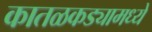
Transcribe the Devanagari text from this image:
कातळकड्यामध्ये